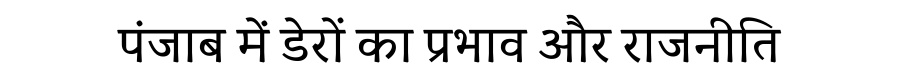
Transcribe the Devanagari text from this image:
पंजाब में डेरों का प्रभाव और राजनीति